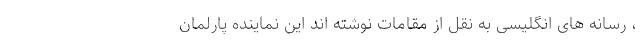
، رسانه های انگلیسی به نقل از مقامات نوشته اند این نماینده پارلمان